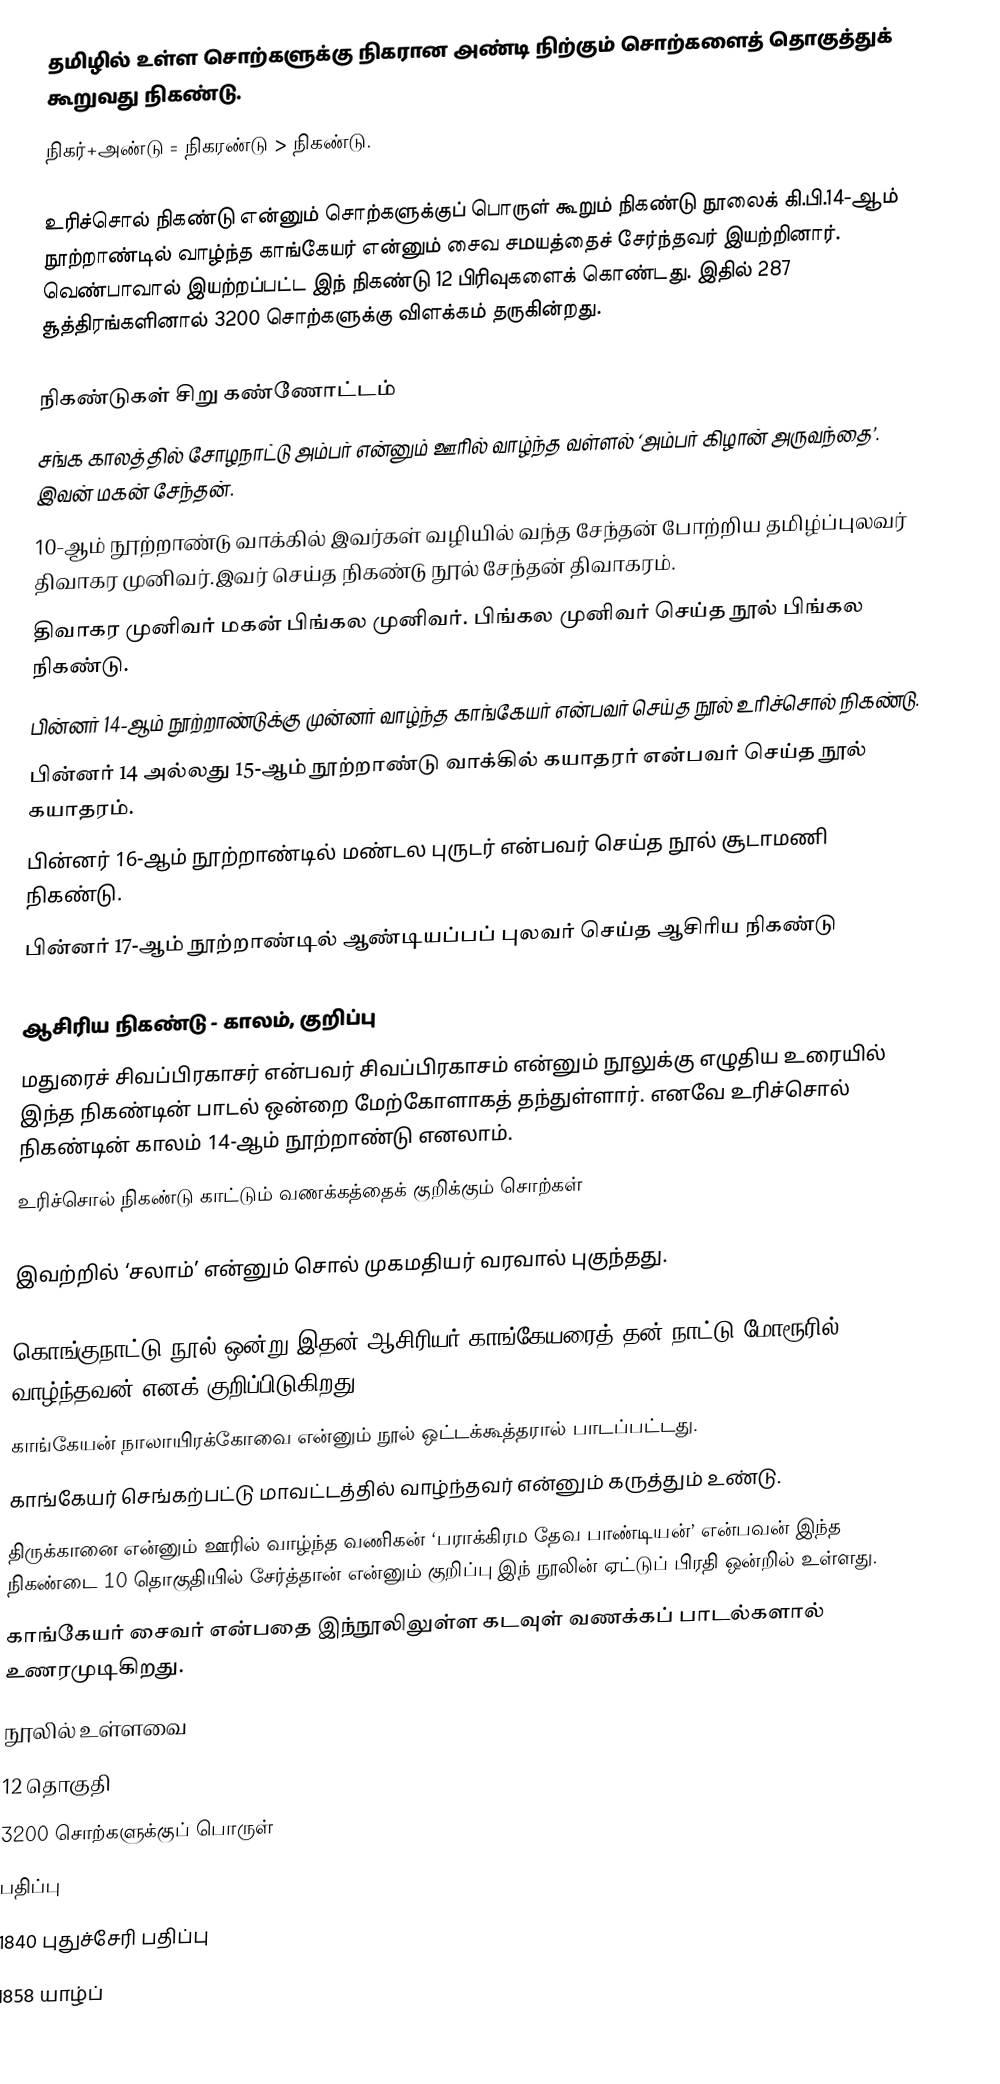
தமிழில் உள்ள சொற்களுக்கு நிகரான அண்டி நிற்கும் சொற்களைத் தொகுத்துக் கூறுவது நிகண்டு.
நிகர்+அண்டு = நிகரண்டு > நிகண்டு.

உரிச்சொல் நிகண்டு என்னும் சொற்களுக்குப் பொருள் கூறும் நிகண்டு நூலைக் கி.பி.14-ஆம் நூற்றாண்டில் வாழ்ந்த காங்கேயர் என்னும் சைவ சமயத்தைச் சேர்ந்தவர் இயற்றினார். வெண்பாவால் இயற்றப்பட்ட இந் நிகண்டு  12 பிரிவுகளைக் கொண்டது. இதில் 287 சூத்திரங்களினால் 3200 சொற்களுக்கு விளக்கம் தருகின்றது.

நிகண்டுகள் சிறு கண்ணோட்டம்
சங்க காலத்தில் சோழநாட்டு அம்பர் என்னும் ஊரில் வாழ்ந்த வள்ளல் ‘அம்பர் கிழான் அருவந்தை’. இவன் மகன் சேந்தன்.
10-ஆம் நூற்றாண்டு வாக்கில் இவர்கள் வழியில் வந்த சேந்தன் போற்றிய தமிழ்ப்புலவர் திவாகர முனிவர்.இவர் செய்த நிகண்டு நூல் சேந்தன் திவாகரம்.
திவாகர முனிவர் மகன் பிங்கல முனிவர். பிங்கல முனிவர் செய்த நூல் பிங்கல நிகண்டு.
பின்னர் 14-ஆம் நூற்றாண்டுக்கு முன்னர் வாழ்ந்த காங்கேயர் என்பவர் செய்த நூல் உரிச்சொல் நிகண்டு.
பின்னர் 14 அல்லது 15-ஆம் நூற்றாண்டு வாக்கில் கயாதரர் என்பவர் செய்த நூல் கயாதரம்.
பின்னர் 16-ஆம் நூற்றாண்டில் மண்டல புருடர் என்பவர் செய்த நூல் சூடாமணி நிகண்டு.
பின்னர் 17-ஆம் நூற்றாண்டில் ஆண்டியப்பப் புலவர் செய்த ஆசிரிய நிகண்டு

ஆசிரிய நிகண்டு - காலம், குறிப்பு
மதுரைச் சிவப்பிரகாசர்  என்பவர் சிவப்பிரகாசம்  என்னும் நூலுக்கு எழுதிய உரையில் இந்த நிகண்டின் பாடல் ஒன்றை  மேற்கோளாகத் தந்துள்ளார். எனவே உரிச்சொல் நிகண்டின் காலம் 14-ஆம் நூற்றாண்டு எனலாம்.
உரிச்சொல் நிகண்டு காட்டும் வணக்கத்தைக் குறிக்கும் சொற்கள்

இவற்றில் ‘சலாம்’ என்னும் சொல் முகமதியர் வரவால் புகுந்தது.

கொங்குநாட்டு நூல் ஒன்று இதன் ஆசிரியர் காங்கேயரைத் தன் நாட்டு மோரூரில் வாழ்ந்தவன் எனக் குறிப்பிடுகிறது.
காங்கேயன் நாலாயிரக்கோவை என்னும் நூல் ஒட்டக்கூத்தரால் பாடப்பட்டது.
காங்கேயர் செங்கற்பட்டு மாவட்டத்தில் வாழ்ந்தவர் என்னும் கருத்தும் உண்டு.
திருக்கானை என்னும் ஊரில் வாழ்ந்த வணிகன் ‘பராக்கிரம தேவ பாண்டியன்’ என்பவன் இந்த நிகண்டை 10 தொகுதியில் சேர்த்தான் என்னும் குறிப்பு இந் நூலின் ஏட்டுப் பிரதி ஒன்றில் உள்ளது.
காங்கேயர் சைவர் என்பதை இந்நூலிலுள்ள கடவுள் வணக்கப் பாடல்களால் உணரமுடிகிறது.
நூலில் உள்ளவை
12 தொகுதி
3200 சொற்களுக்குப் பொருள்
பதிப்பு
1840 புதுச்சேரி பதிப்பு
1858 யாழ்ப்